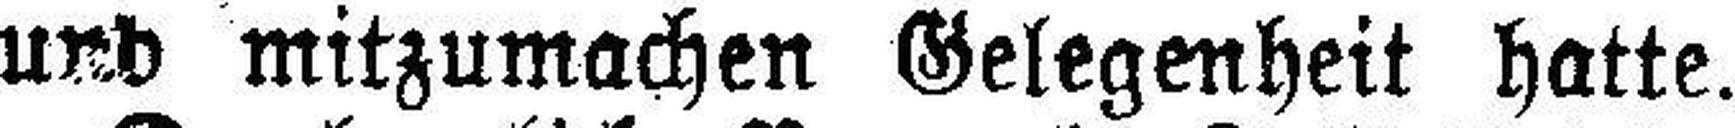
und mitzumachen Gelegenheit hatte.